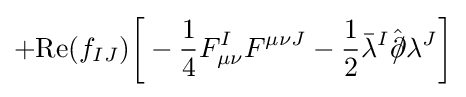
+{\text{Re}}(f_{IJ}){\bigg [}-{\frac {1}{4}}F_{\mu \nu }^{I}F^{\mu \nu J}-{\frac {1}{2}}{\bar {\lambda }}^{I}{\hat {\partial \!\!\!/}}\lambda ^{J}{\bigg ]}